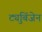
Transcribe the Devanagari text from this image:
ट्युबिंजेन